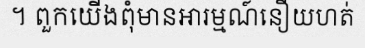
។ ពួកយើងពុំមានអារម្មណ៍នឿយហត់